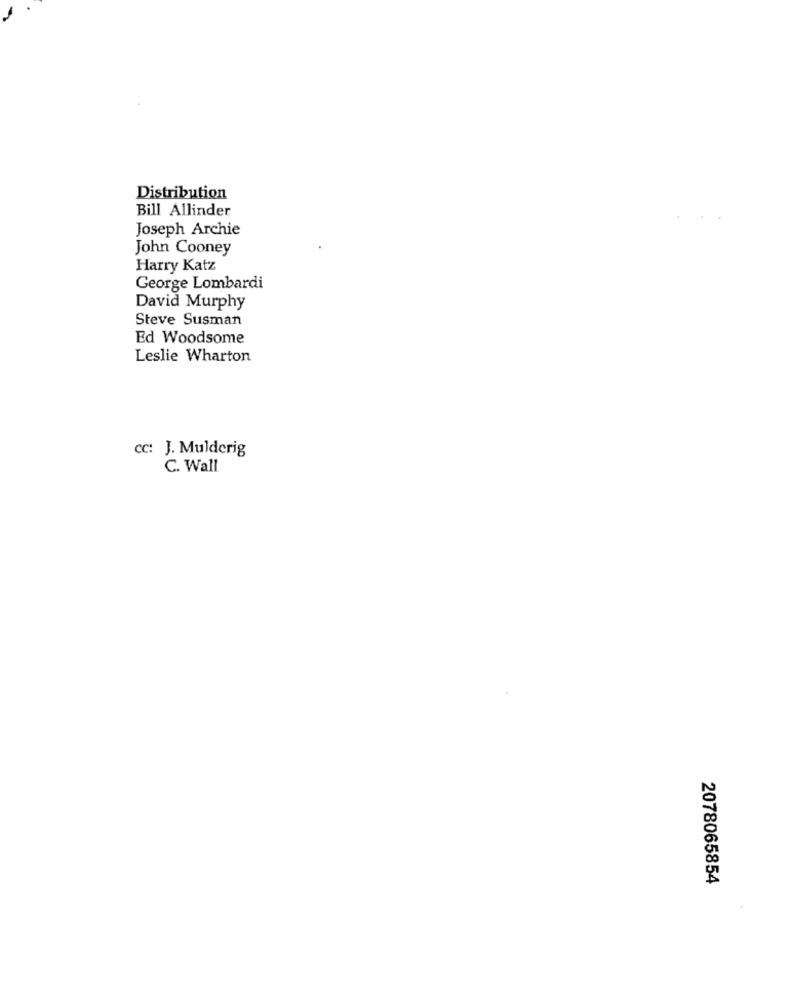
Distribution
Bill Allinder
Joseph Archie
John Cooney
Harry Katz
George Lombardi
David Murphy
Steve Susman
Ed Woodsome
Leslie Wharton
cc: J. Mulderig
C. Wall
2078065854